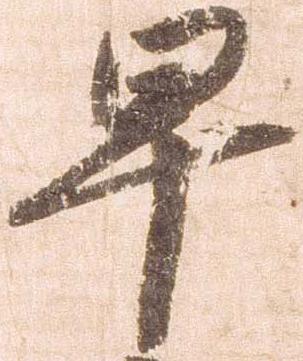
早